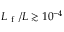
L _ { \mathrm { ~ f ~ } } / L \gtrsim 1 0 ^ { - 4 }